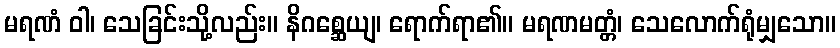
မရဏံ ဝါ၊ သေခြင်းသို့လည်း။ နိဂစ္ဆေယျ၊ ရောက်ရာ၏။ မရဏမတ္တံ၊ သေလောက်ရုံမျှသော။